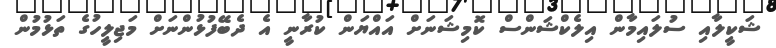
ޝަކީލާއި ސުލައިމާން އިލެކްޝަންސް ކޮމިޝަނަށް އައްޔަން ކުރާނީ އެ ދެބޭފުޅުންނަށް މަޖިލީހުގެ ތަޅުމުން